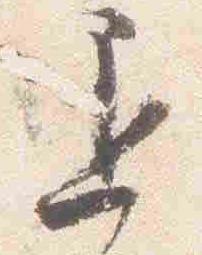
退